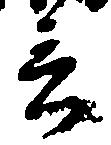
言